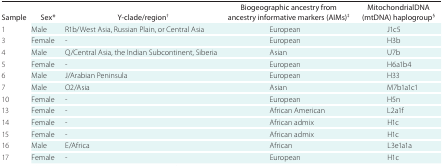
| Sample | Sex* | Y-clade/region† | Biogeographic ancestry from ancestry informative markers (AIMs)‡ | MitochondrialDNA (mtDNA) haplogroup§ |
 | --- | --- | --- | --- | --- |
 | 1 | Male | R1b/West Asia, Russian Plain, or Central Asia | European | J1c5 |
 | 3 | Female | - | European | H3b |
 | 4 | Male | Q/Central Asia, the Indian Subcontinent, Siberia | Asian | U7b |
 | 5 | Female | - | European | H6a1b4 |
 | 6 | Male | J/Arabian Peninsula | European | H33 |
 | 7 | Male | O2/Asia | Asian | M7b1a1c1 |
 | 10 | Female | - | European | H5n |
 | 13 | Female | - | African American | L2a1f |
 | 14 | Female | - | African admix | H1c |
 | 15 | Female | - | African admix | H1c |
 | 16 | Male | E/Africa | African | L3e1a1a |
 | 17 | Female | - | European | H1c |